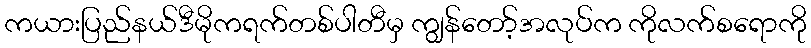
ကယားပြည်နယ်ဒီမိုကရက်တစ်ပါတီမှ ကျွန်တော့်အလုပ်က ကိုလက်စရောကို